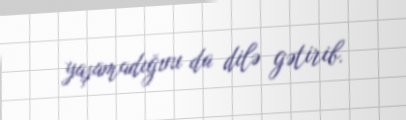
yaşamadığını da dilə gətirib.